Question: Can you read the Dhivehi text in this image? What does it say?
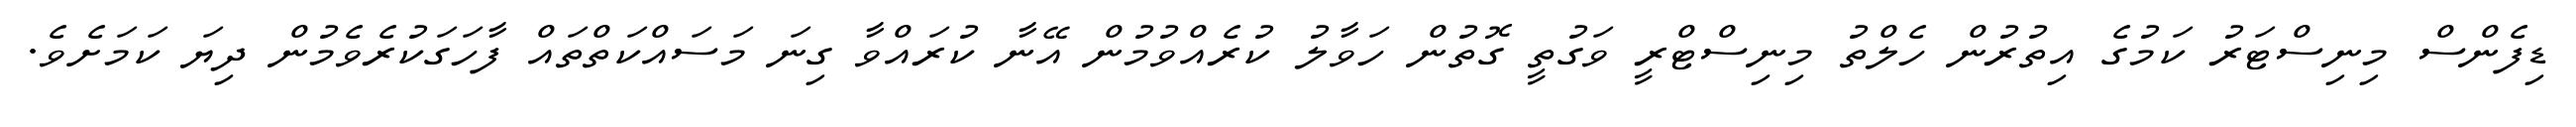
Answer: ޑިފެންސް މިނިސްޓަރު ކަމުގެ އިތުރުން ހެލްތު މިނިސްޓްރީ ވަގުތީ ގޮތުން ހަވާލު ކުރެއްވުމުން އޭނާ ކުރައްވާ ގިނަ މަސައްކަތްތައް ފާހަގަކުރެވެމުން ދިޔަ ކަމަށެވެ.